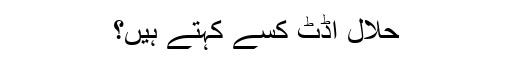
حلال آڈٹ کسے کہتے ہیں؟